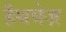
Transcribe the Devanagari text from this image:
हैथवेज़